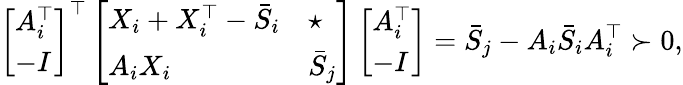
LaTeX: \left[\begin{array}{l}{\begin{array}{l}{A_{i}^{\top}}\\ {-I}\end{array}}\end{array}\right]^{\top}\left[\begin{array}{l}{\begin{array}{ll}{X_{i}+X_{i}^{\top}-\bar{S}_{i}}&{\star}\\ {A_{i}X_{i}}&{\bar{S}_{j}}\end{array}}\end{array}\right]\left[\begin{array}{l}{\begin{array}{l}{A_{i}^{\top}}\\ {-I}\end{array}}\end{array}\right]=\bar{S}_{j}-A_{i}\bar{S}_{i}A_{i}^{\top}\succ 0,